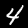
Label: 4